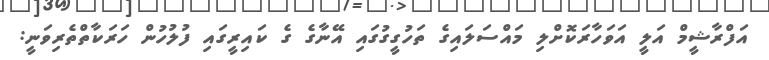
އަފްރާޝީމް އަލީ އަވަހާރަކޮށްލި މައްސަލައިގެ ތަހުގީގުގައި އޭނާގެ ގެ ކައިރީގައި ފުލުހުން ހަރަކާތްތެރިވަނީ: